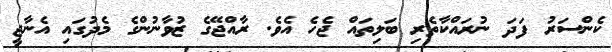
ކެންސަރު ފަދަ ނުރައްކާތެރި ބަލިތައް ޖެހެ އެވެ. ރާއްޖޭގެ ޒުވާނުންގެ މެދުގައި އެނާޖީ